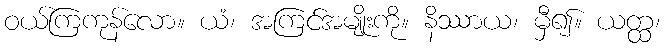
ဝယ်ကြကုန်လော။ ယံ၊ အကြင်အမျိုးကို။ နိဿာယ၊ မှီ၍။ ယတ္ထ၊